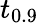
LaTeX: t_{0.9}